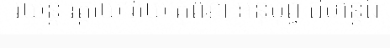
រយន្តិ រត្តិយោវយោគុណា អនុបុព្វំ ជហន្តិឯ